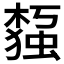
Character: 𰘙